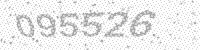
Solution: 095526